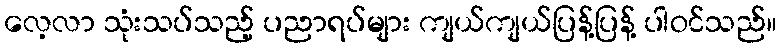
လေ့လာ သုံးသပ်သည့် ပညာရပ်များ ကျယ်ကျယ်ပြန့်ပြန့် ပါဝင်သည်။